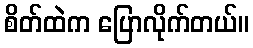
စိတ်ထဲက ပြောလိုက်တယ်။